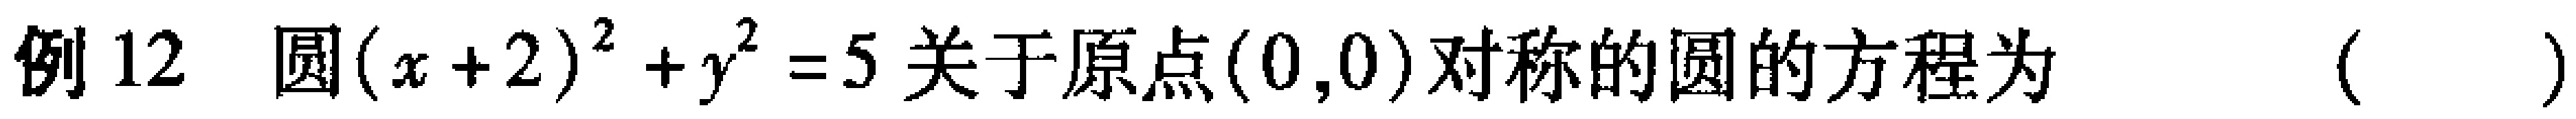
例12 圆\((x + 2)^{2} + y^{2} = 5\)关于原点\((0,0)\)对称的圆的方程为（  ）